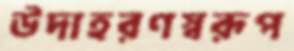
উদাহরণস্বরূপ